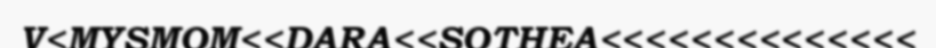
V<MYSMOM<<DARA<<SOTHEA<<<<<<<<<<<<<<